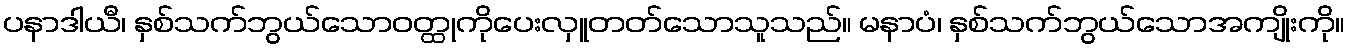
ပနာဒါယီ၊ နှစ်သက်ဘွယ်သောဝတ္ထုကိုပေးလှူတတ်သောသူသည်။ မနာပံ၊ နှစ်သက်ဘွယ်သောအကျိုးကို။